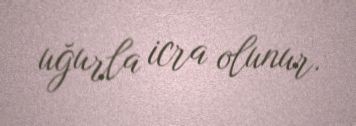
uğurla icra olunur.